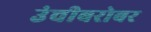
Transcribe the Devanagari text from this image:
उंचीबरोबर